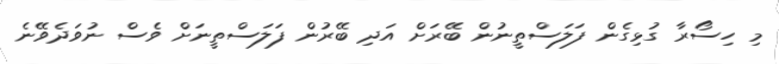
މި ހިސޯރާ ގުޅިގެން ފަލަސްތީނުން ބޭރަށް އަދި ބޭރުން ފަލަސްތީނަށް ވެސް ނުވަދެވޭނެ